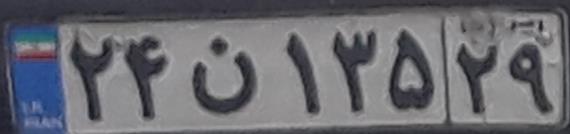
۲۴ن۱۳۵۲۹